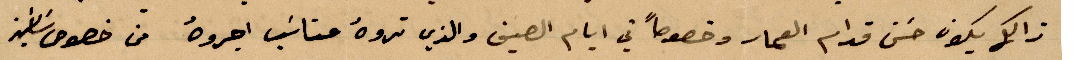
ذلك يكون حسن قدام العمار وخصوصًا في أيام الصيف والذي تروه مناسب اجروه من خصوص ساسين